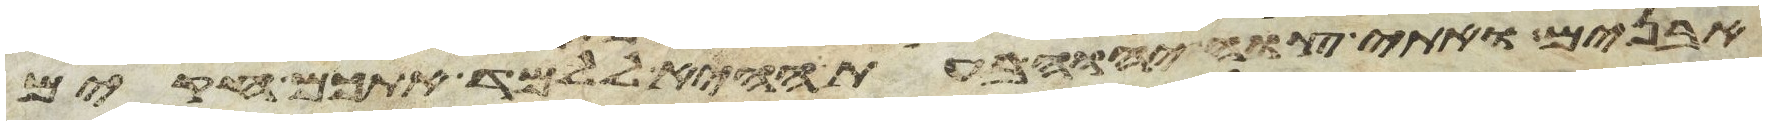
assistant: אבנים ואתי צוה יהוה בעת ההיא ללמד אתכם חקים